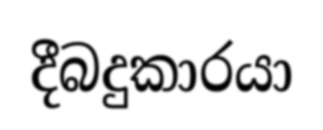
දීබදුකාරයා